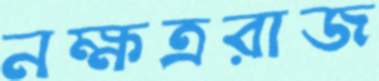
নক্ষত্ররাজ